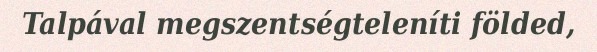
Talpával megszentségteleníti földed,